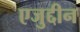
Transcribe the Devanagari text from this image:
एजुद्दीन